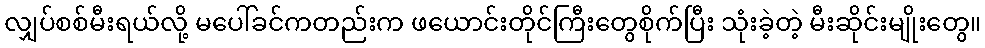
လျှပ်စစ်မီးရယ်လို့ မပေါ်ခင်ကတည်းက ဖယောင်းတိုင်ကြီးတွေစိုက်ပြီး သုံးခဲ့တဲ့ မီးဆိုင်းမျိုးတွေ။